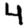
Digit: 4